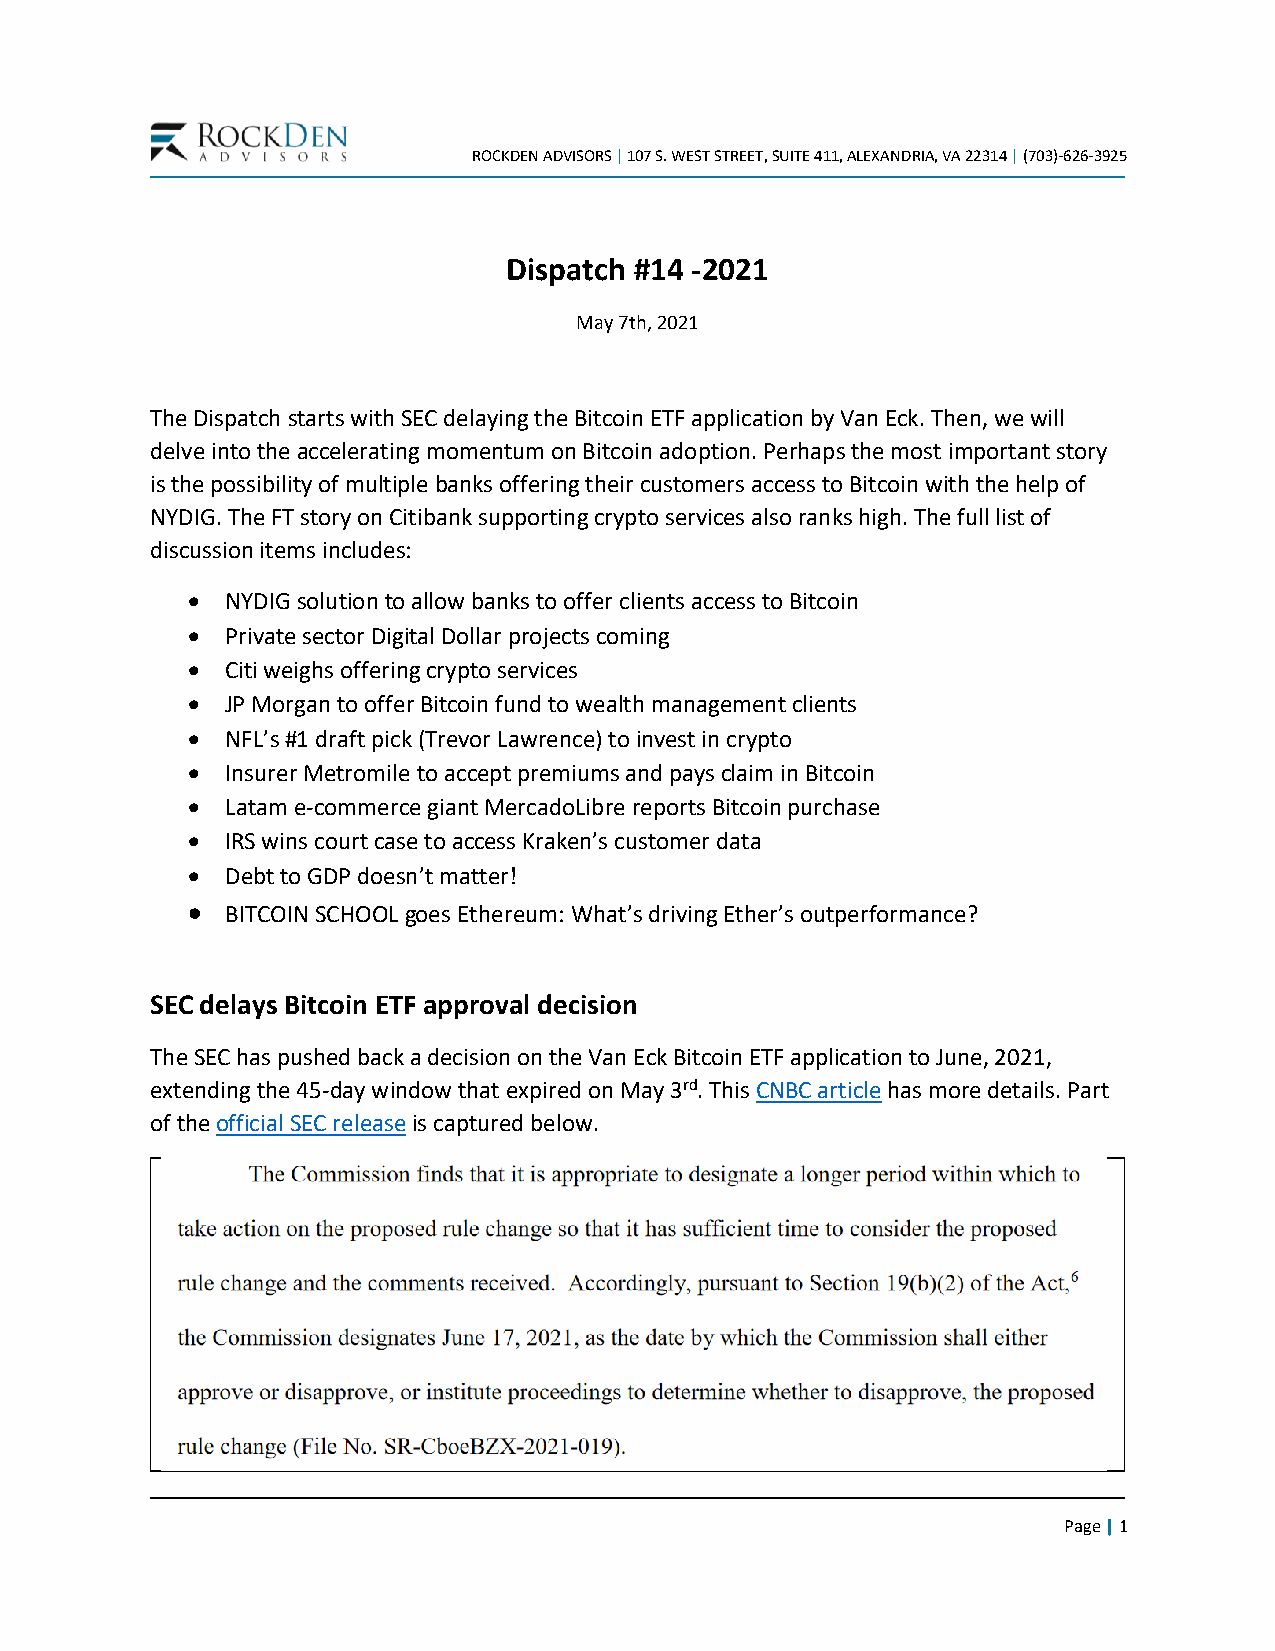
ROCKDEN ADVISORS | 107 S. WEST STREET, SUITE 411, ALEXANDRIA, VA 22314 | (703)-626-3925
 Dispatch #14 -2021
 May 7th, 2021
 The Dispatch starts with SEC delaying the Bitcoin ETF application by Van Eck. Then, we will
 delve into the accelerating momentum on Bitcoin adoption. Perhaps the most important story
 is the possibility of multiple banks offering their customers access to Bitcoin with the help of
 NYDIG. The FT story on Citibank supporting crypto services also ranks high. The full list of
 discussion items includes:
 •  NYDIG solution to allow banks to offer clients access to Bitcoin
 •  Private sector Digital Dollar projects coming
 •  Citi weighs offering crypto services
 •  JP Morgan to offer Bitcoin fund to wealth management clients
 •  NFL’s #1 draft pick (Trevor Lawrence) to invest in crypto
 •  Insurer Metromile to accept premiums and pays claim in Bitcoin
 •  Latam e-commerce giant MercadoLibre reports Bitcoin purchase
 •  IRS wins court case to access Kraken’s customer data
 •  Debt to GDP doesn’t matter!
 •  BITCOIN SCHOOL goes Ethereum: What’s driving Ether’s outperformance?
 SEC delays Bitcoin ETF approval decision
 The SEC has pushed back a decision on the Van Eck Bitcoin ETF application to June, 2021,
 extending the 45-day window that expired on May 3rd. This CNBC article has more details. Part
 of the official SEC release is captured below.
 Page | 1